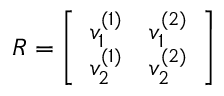
\boldsymbol { R } = \left[ \begin{array} { l l } { v _ { 1 } ^ { ( 1 ) } } & { v _ { 1 } ^ { ( 2 ) } } \\ { v _ { 2 } ^ { ( 1 ) } } & { v _ { 2 } ^ { ( 2 ) } } \end{array} \right]